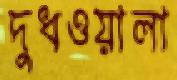
দুধওয়ালা